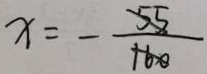
x = - \frac { 5 5 } { 1 6 0 }